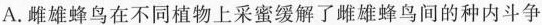
A. 雌雄蜂鸟在不同植物上采蜜缓解了雌雄蜂鸟间的种内斗争